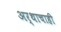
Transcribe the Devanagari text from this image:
अर्थाचाही